Vaccination in the Punjab 1897-1904 - 1897-1904
Year: 1897
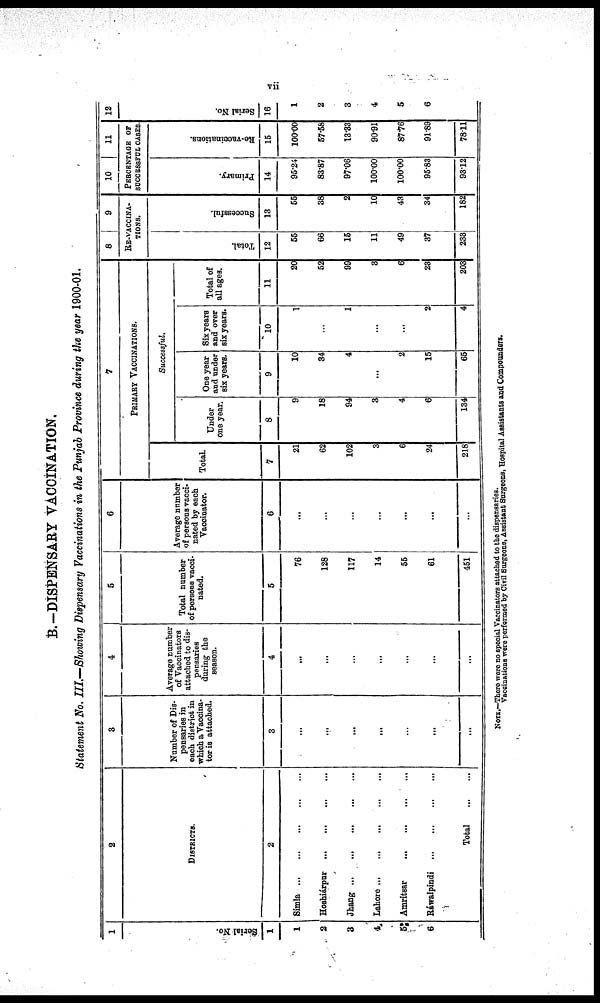
vii
Statement No. III.—Showing Dispensary Vaccinations in the Punjab Province during the year 1900-01.
1
Serial No.
1
1
2
3
4
5
6
2
DISTRICTS.
2
Simla
...
...
...
...
...
Hoshiárpur
...
...
...
...
Jhang
...
...
...
...
...
Lahore
...
...
...
...
...
Amritsar
...
...
...
...
...
Ráwalpindi
...
...
...
...
Total
...
3
Number of Dis-
pensaries in
each district in
which a Vaccina¬
tor is attached.
3
...
...
...
...
...
...
...
4
Average number
of Vaccinators
attached to dis-
pensaries
during the
season.
4
...
...
...
...
...
...
...
5
Total number
of persons vacci-
nated.
5
76
128
117
14
55
61
451
6
Average number
of persons vacci-
nated by each
Vaccinator.
6
...
...
...
...
...
...
...
7
PRIMARY VACCINATIONS.
Total.
7
21
62
102
3
6
24
218
Successful.
Under
one year.
8
9
18
94
3
4
6
134
One year
and under
six years.
9
10
34
4
...
2
15
65
Six years
and over
six years.
10
1
...
1
...
...
2
4
Total of
all ages.
11
20
52
99
3
6
23
203
8
9
RE-VACCINA-
TIONS.
Total.
12
55
66
15
11
49
37
233
Successful.
13
55
38
2
10
43
34
182
10
11
PERCENTAGE OF
SUCCESSFUL CASES.
Primary.
14
95.24
83.87
97.06
100.00
100.00
95.83
93.12
Re-vaccinations.
15
100.00
57.58
13.33
90.91
87.76
91.89
78.11
12
Serial No.
16
1
2
3
4
5
6
NOTE.—There were no special Vaccinators attached to the dispensaries.
Vaccinations were performed by Civil Surgeons, Assistant Surgeons, Hospital Assistants and Compounders.